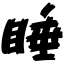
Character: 睡